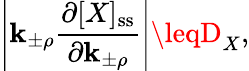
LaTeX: \left|\mathbf{k}_{\pm\rho}\frac{{\partial[X]_{\mathrm{{ss}}}}}{{\partial\mathbf{k}_{\pm\rho}}}\right|\leqD_{X},